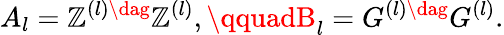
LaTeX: A_{l}=\mathbb{Z}^{(l)\dag}\mathbb{Z}^{(l)},\qquadB_{l}=G^{(l)\dag}G^{(l)}.